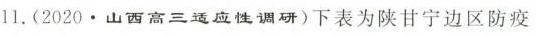
11.(2020.山西高三适应性调研)下表为陕甘宁边区防疫